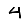
Digit: 4